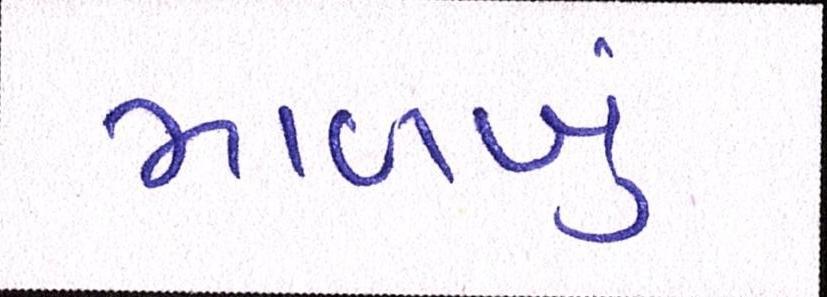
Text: માળખું